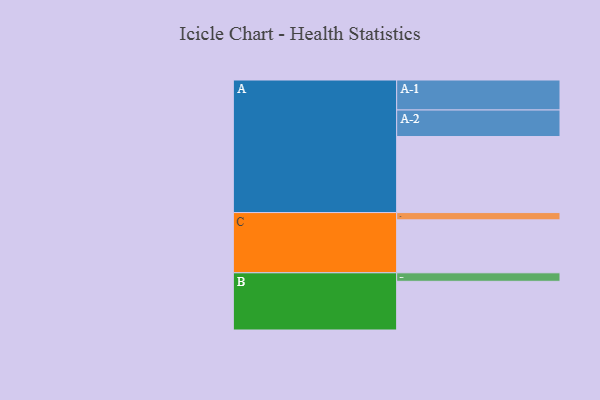
{"axis": {"x": "Segment", "y": "Value"}, "legend": ["", "A", "B", "C"], "data": [{"x": "A", "y": 573, "type": ""}, {"x": "B", "y": 367, "type": ""}, {"x": "C", "y": 399, "type": ""}, {"x": "A-1", "y": 226, "type": "A"}, {"x": "A-2", "y": 200, "type": "A"}, {"x": "B-1", "y": 64, "type": "B"}, {"x": "C-1", "y": 55, "type": "C"}]}